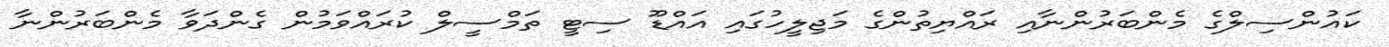
ކައުންސިލްގެ މެންބަރުންނާއި ރައްޔިތުންގެ މަޖިލީހުގައި އައްޑޫ ސިޓީ ތަމްސީލް ކުރައްވަމުން ގެންދަވާ މެންބަރުންނާ